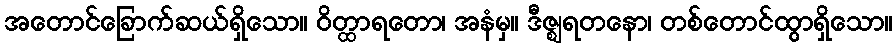
အတောင်ခြောက်ဆယ်ရှိသော။ ဝိတ္ထာရတော၊ အနံမှ။ ဒီဇ္ဈရတနော၊ တစ်တောင်ထွာရှိသော။